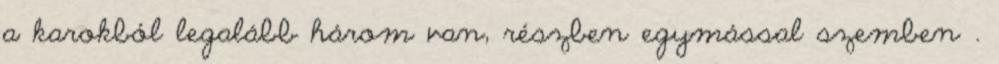
a karokból legalább három van, részben egymással szemben .